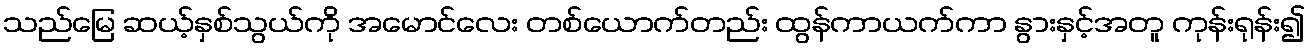
သည်မြေ ဆယ့်နှစ်သွယ်ကို အမောင်လေး တစ်ယောက်တည်း ထွန်ကာယက်ကာ နွားနှင့်အတူ ကုန်းရုန်း၍